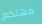
مهلكم